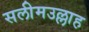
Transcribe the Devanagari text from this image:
सलीमउल्लाह